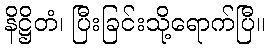
နိဋ္ဌိတံ၊ ပြီးခြင်းသို့ရောက်ပြီ။